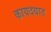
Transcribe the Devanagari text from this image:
कायदयात